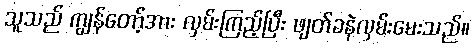
သူသည် ကျွန်တော့်အား လှမ်းကြည့်ပြီး ဖျတ်ခနဲလှမ်းမေးသည်။